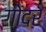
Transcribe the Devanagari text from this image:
गोदर